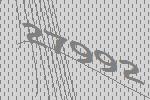
27992